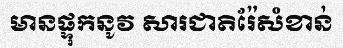
មានផ្ទុកនូវ សារជាតិរ៉ែសំខាន់